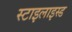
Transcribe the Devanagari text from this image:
स्टाइलाइस्ड